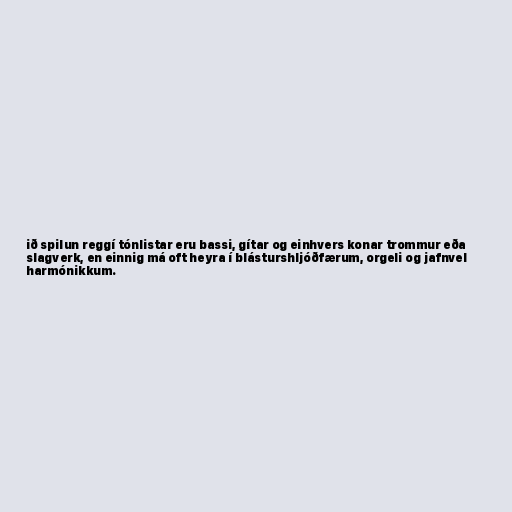
ið spilun reggí tónlistar eru bassi, gítar og einhvers konar trommur eða
slagverk, en einnig má oft heyra í blásturshljóðfærum, orgeli og jafnvel
harmónikkum.